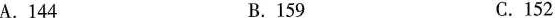
A.144 B.159 C.152